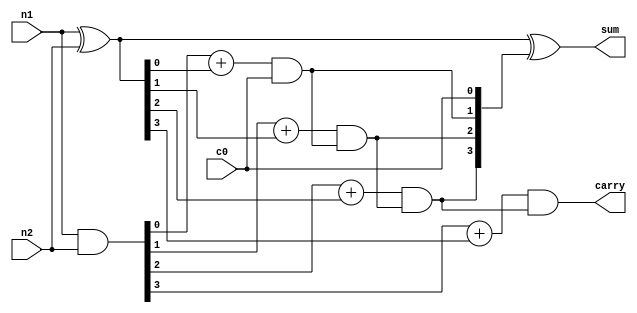
`timescale 1ns / 1ps

module laca_4_bit(n1,n2,c0,sum,carry);

    input [3:0] n1,n2;
    input c0;
    output [3:0]sum;
    output carry;

	 wire [3:0] w, P, G;

	 assign P = n1^n2;
	 assign G = n1&n2;

	 assign w[0] = c0;
	 assign w[1] = G[0] + P[0]&w[0];
	 assign w[2] = G[1] + P[1]&(G[0] + P[0]&w[0]);
	 assign w[3] = G[2] + P[2]&(G[1] + P[1]&(G[0] + P[0]&w[0]));

	 assign sum = P^w;
	 assign carry = G[3] + P[3]&w[3];

endmodule